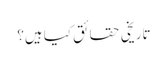
تاریخی حقائق کیا ہیں؟